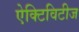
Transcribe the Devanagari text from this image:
ऐक्टिविटीज